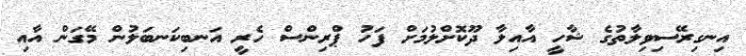
އިނގިރޭސިވިލާތުގެ ޝާހީ އާއިލާ ދޫކޮށްލުމަށް ފަހު ޕްރިންސް ހެރީ އަނބިކަނބަލުން މޭގަން އާއި